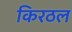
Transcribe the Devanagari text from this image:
किरठल